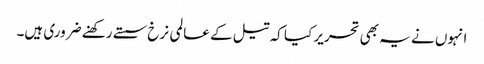
انہوں نے یہ بھی تحریر کیا کہ تیل کے عالمی نرخ سستے رکھنے ضروری ہیں۔